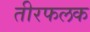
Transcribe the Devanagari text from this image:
तीरफलक